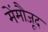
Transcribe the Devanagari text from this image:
मेंमौजूद